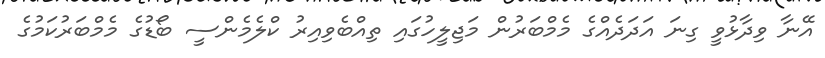
އޭނާ ވިދާޅުވީ ގިނަ އަދަދެއްގެ މެމްބަރުން މަޖިލީހުގައި ތިއްބެވިއިރު ކްލެމެންސީ ބޯޑުގެ މެމްބަރުކަމުގެ